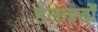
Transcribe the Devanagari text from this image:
हेलाइडों